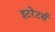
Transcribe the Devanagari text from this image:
इटरेटर्स